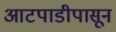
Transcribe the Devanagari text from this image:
आटपाडीपासून